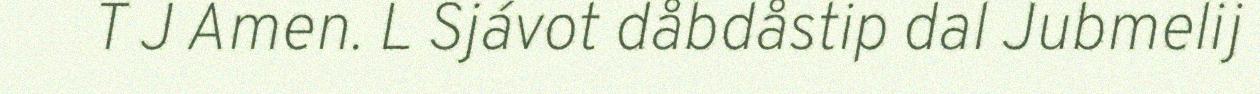
T J Amen. L Sjávot dåbdåstip dal Jubmelij